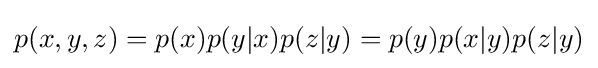
p(x,y,z)=p(x)p(y|x)p(z|y)=p(y)p(x|y)p(z|y)